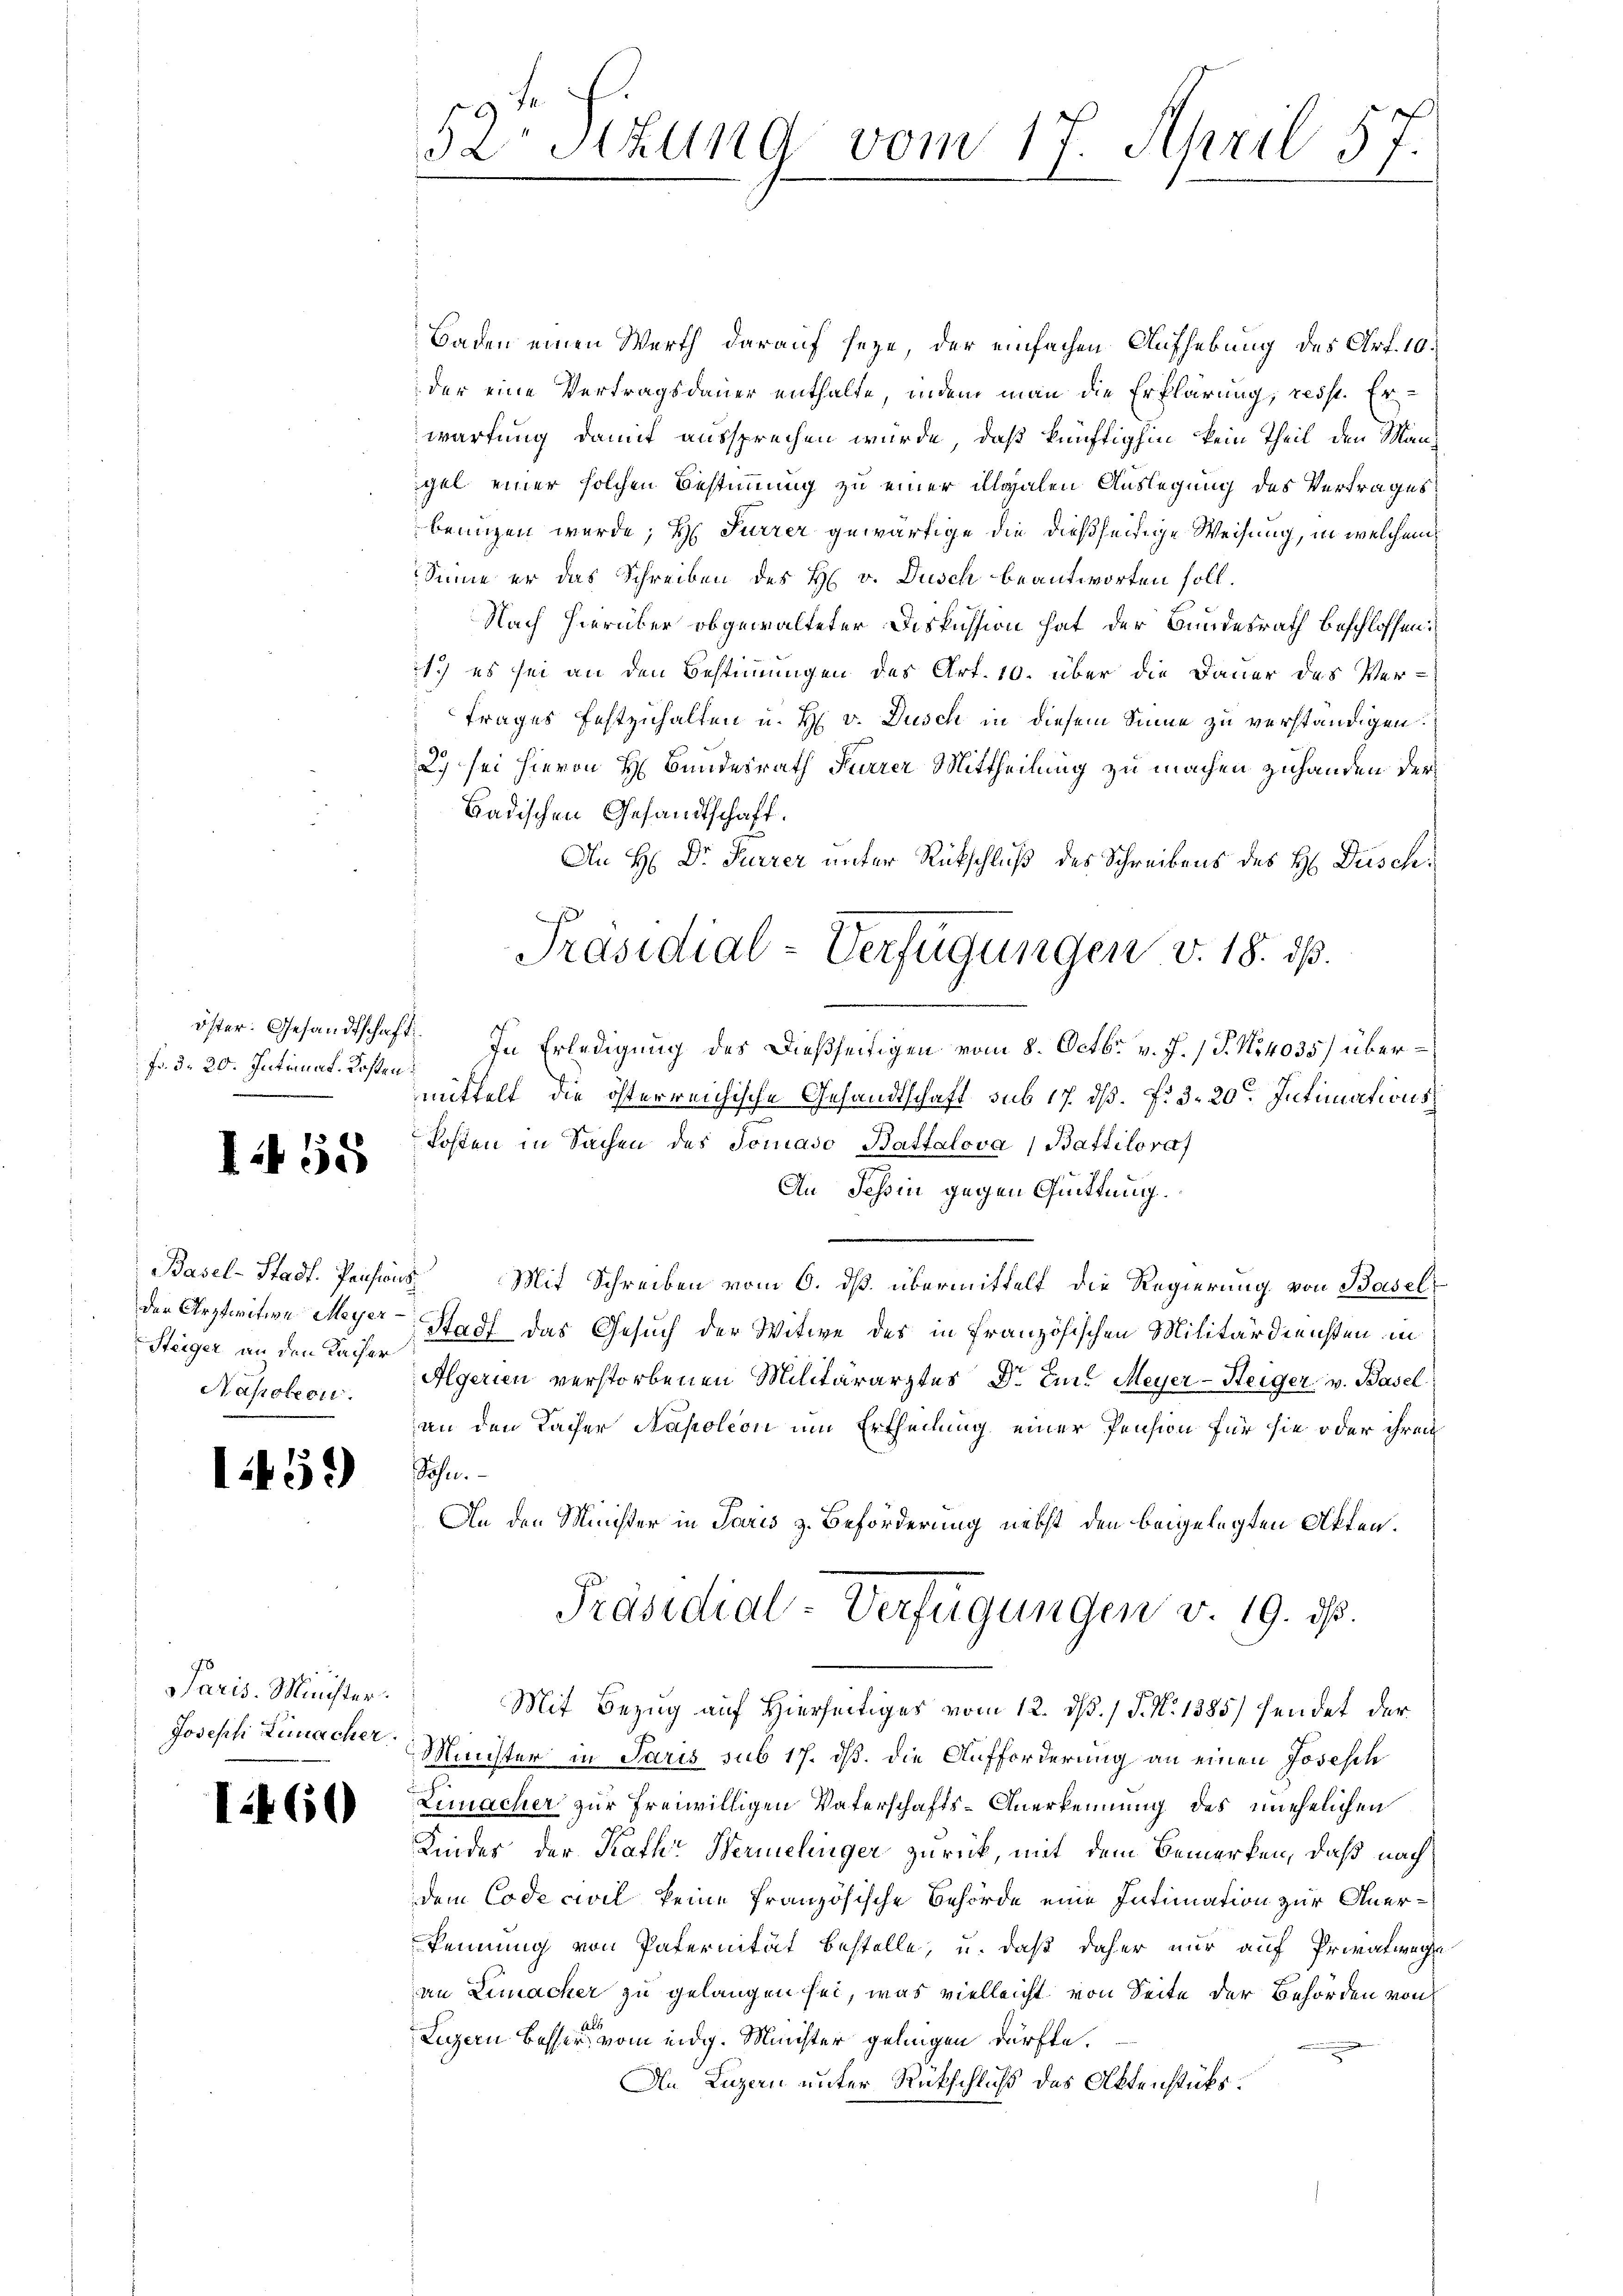
Fr. d. 20. Intimat. Kosten

I55

Basel-Stadt. Pensions
der Arztwitwe Meyer¬
Steiger an den Kacher
Napoleon.

1459)

Paris. Minister.
Joseph Limacher.

I460

52 Stzung vom 17. April 57.

Baden einen Werth darauf seye, der einfachen Aufhebung des Art. 10.
der eine Vertragsdauer enthalte, indem man die Erklärung, resst. Er-
wartung damit aussprechen wurde, daß künftighin kein Theil den Mangel einer solchen Bestimmung zu einer illgalen Auslegung des Vertrages
benuzen wurde; H. Furrer gewärtige die dießseitige Weisung, in welchem
Sinne er das Schreiben des H. v. Dusch beantworten soll.
Nach hierüber obgewalteter Diskussion hat der Bundesrath beschlossen:
1) es sei an den Bestimmungen des Art. 10. über die Dauer des Ver-
trages festzuhalten u. H. v. Dusch in diesem Sinne zu verständigen.
29 sei hievon H Bundesrath Furrer Mittheilung zu machen zuhanden der
Badischen Gesandtschaft.
An H: Dr. Furrer unter Rückschluß des Schreibens des H. Duschöster. Gesandtschaft. In Erledigung des dießseitigen vom 8. Octbr. v. J. J. No 4035) übermittelt, die österreichische Gesandtschaft sub 17. ds. f. 3. 20. Intimations
Posten in Sachen des Tomaso Battalova, Battiloraf
An Tessin gegen Quittung.
Mit Schreiben vom 6. dß. übermittelt die Regierung von Basel¬
Stadt das Gesuch der Witwe des in französischen Militärdiensten in
d
Algerien verstorbenen Militärarztes Dr E. Meyer-Heiger v. Basel
an den Kacher Napoleon um Ertheilung einer Pension für sie oder ihren
Sohn.
d
An den Minister in Paris z. Beförderung nebst den beigelegten Akten.
Präsidial-Verfügungen v. 19. ds.
Mit Bezug auf Hierseitiges vom 12. ds. 1 P. N. 1385) sendet der
Minister in Paris sub 17. dß. die Aufforderung an einen Josesch
Lemacher zur freiwilligen Vaterschafts-Anerkennung des unehelichen
Kindes, der Rath Hermelinger zurück, mit dem Bemerken, daß nach
dem Code civil keine französische Behörde eine Intimation zur Anerkennung von Paternität bestelle, u. daß daher nur auf Privatwege
an Lemacher zu gelangen sei, was vielleicht von Seite der Behörden von
Luzern besser vom eidg. Minister gelingen dürfte.

An Luzern unter Rückschlichs des Aktenstüks.

Präsidial-Verfügungen v. 18. ds.